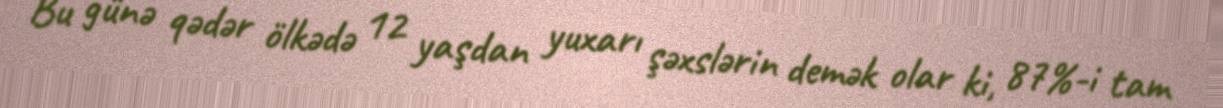
Bu günə qədər ölkədə 12 yaşdan yuxarı şəxslərin demək olar ki, 87%-i tam